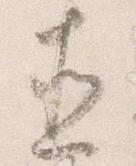
直